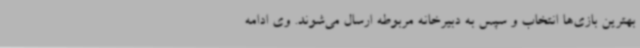
بهترین بازی‌ها انتخاب و سپس به دبیرخانه مربوطه ارسال می‌شوند. وی ادامه